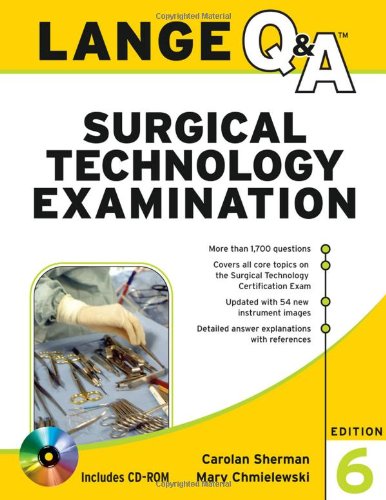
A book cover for Lange Q&A Surgical Technology Examination, Sixth Edition (Lange Q&A Allied Health); Carolan Sherman; Medical Books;